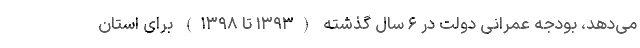
می‌دهد، بودجه عمرانی دولت در ۶ سال گذشته (۱۳۹۳ تا ۱۳۹۸) برای استان